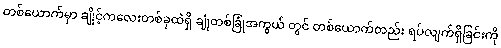
တစ်ယောက်မှာ ချိုင့်ကလေးတစ်ခုထဲရှိ ချုံတစ်ခြုံအကွယ် တွင် တစ်ယောက်တည်း ရပ်လျက်ရှိခြင်းကို